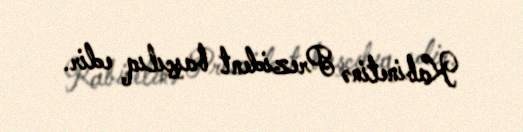
Kabinetinə Prezident başçılıq edir.